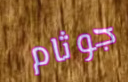
جوثام